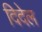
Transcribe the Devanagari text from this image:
दिदेल